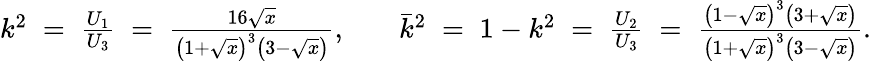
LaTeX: \begin{array}{rlr}{k^{2}\; =\; \frac{U_{1}}{U_{3}}\; =\; \frac{16\sqrt{x}}{\left(1+\sqrt{x}\right)^{3}\left(3-\sqrt{x}\right)},}&{}&{\bar{k}^{2}\; =\; 1-k^{2}\; =\; \frac{U_{2}}{U_{3}}\; =\; \frac{\left(1-\sqrt{x}\right)^{3}\left(3+\sqrt{x}\right)}{\left(1+\sqrt{x}\right)^{3}\left(3-\sqrt{x}\right)}.}\end{array}